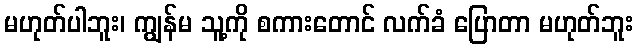
မဟုတ်ပါဘူး၊ ကျွန်မ သူ့ကို စကားတောင် လက်ခံ ပြောတာ မဟုတ်ဘူး